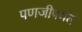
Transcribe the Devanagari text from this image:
पणजीपर्यंत